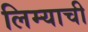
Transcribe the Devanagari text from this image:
लिम्याची